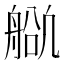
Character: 𬜕